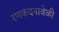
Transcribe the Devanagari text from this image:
रणकंदनावेळी